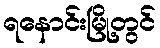
ရနောင်းမြို့တွင်